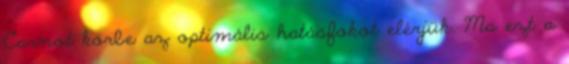
Carnot körbe az optimális hatásfokot elérjük. Ma ezt a